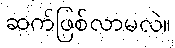
ဆက်ဖြစ်လာမလဲ။